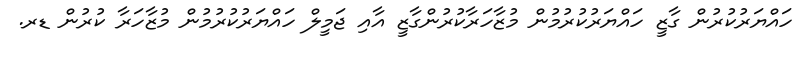
ހައްޔަރުކުރުން ގާޒީ ހައްޔަރުކުރުމުން މުޒާހަރާކުރުންގާޒީ އާއި ޖަމީލް ހައްޔަރުކުރުމުން މުޒާހަރާ ކުރުން ޑރ.